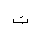
Letter: _ta